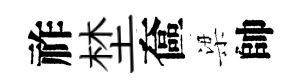
祚埜奩梁帥